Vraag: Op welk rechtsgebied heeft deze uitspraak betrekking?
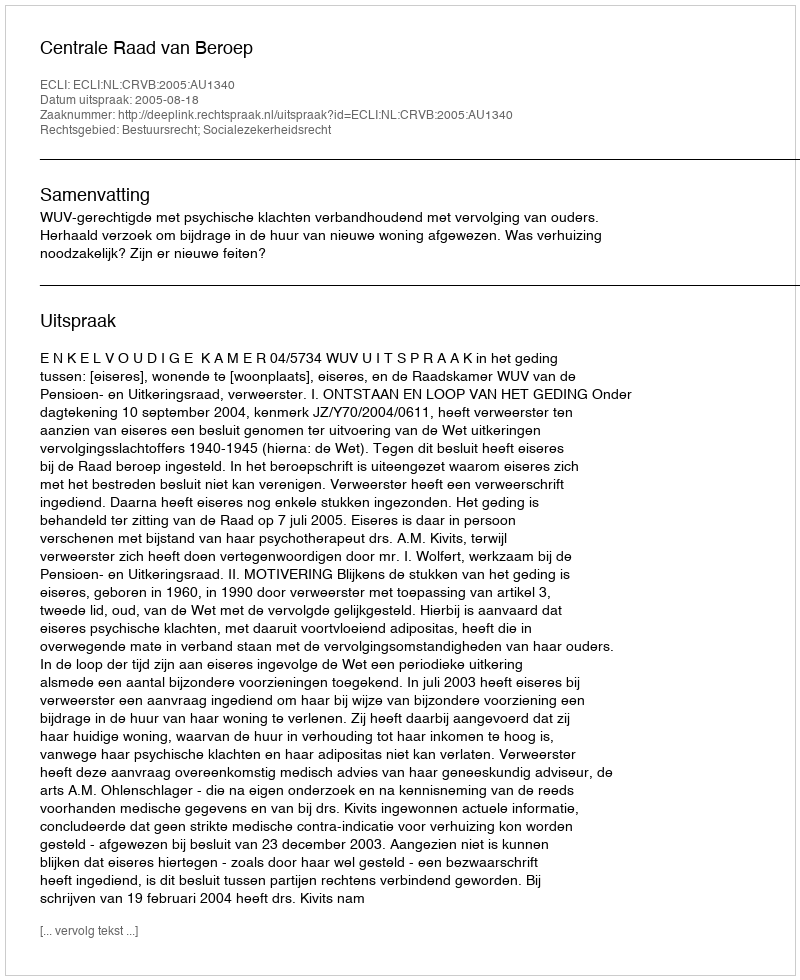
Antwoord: Bestuursrecht; Socialezekerheidsrecht